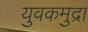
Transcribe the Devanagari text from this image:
युवकमुद्रा